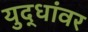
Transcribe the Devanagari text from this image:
युद्धांवर